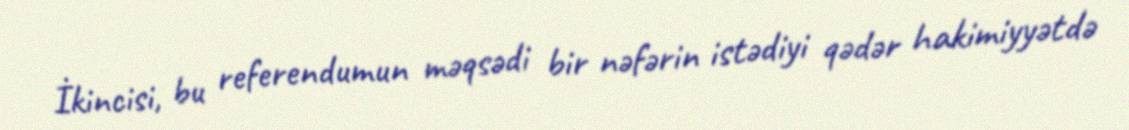
İkincisi, bu referendumun məqsədi bir nəfərin istədiyi qədər hakimiyyətdə